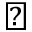
\blacktriangledown